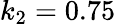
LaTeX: k_{2}=0.75